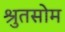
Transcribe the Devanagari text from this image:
श्रुतसोम